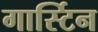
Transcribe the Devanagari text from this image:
गार्स्टिन